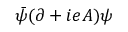
{ \bar { \psi } } ( \partial + i e A ) \psi